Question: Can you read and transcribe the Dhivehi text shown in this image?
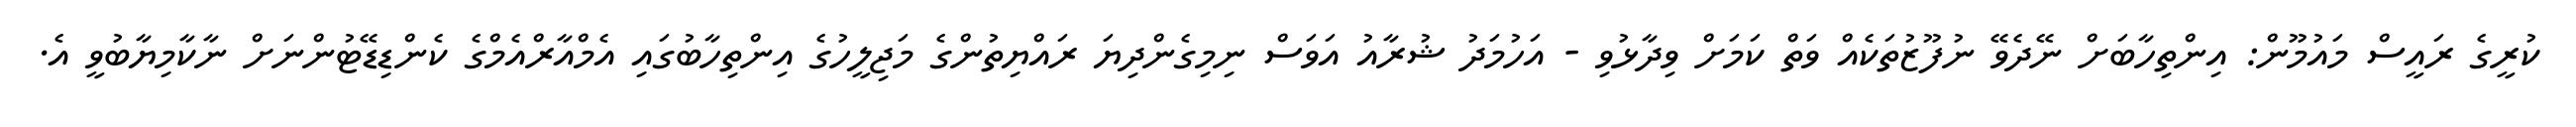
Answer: ކުރީގެ ރައީސް މައުމޫން: އިންތިހާބަށް ނޭދެވޭ ނުފޫޒުތަކެއް ވަތް ކަމަށް ވިދާޅުވި - އަހުމަދު ޝުރާއު އަވަސް ނިމިގެންދިޔަ ރައްޔިތުންގެ މަޖިލީހުގެ އިންތިހާބުގައި އެމްއާރްއެމްގެ ކެންޑިޑޭޓުންނަށް ނާކާމިޔާބުވީ އެ.